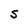
Character: S